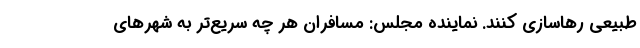
طبیعی رهاسازی کنند. نماینده مجلس: مسافران هر چه سریع‌تر به شهرهای